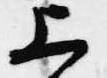
上